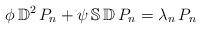
LaTeX: \begin{align*}\phi \, \mathbb D^2 \, P_n + \psi \, \mathbb S \, \mathbb D \, P_n = \lambda_n \, P_n\end{align*}